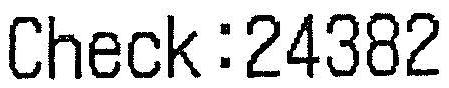
CHECK:24382